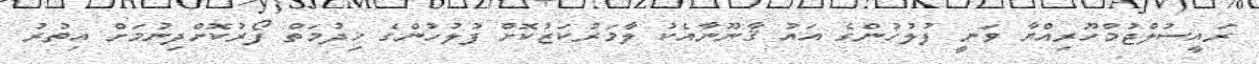
ރައީސުލްޖުމްހޫރިއްޔާ ވަނީ ފުލުހުންގެ އައު ޤާނޫނާއެކު ލާމަރުކަޒުކޮށް ފުލުހުންގެ ޚިދުމަތް ފޯރުކޮށްދިނުމަށް އިތުރު